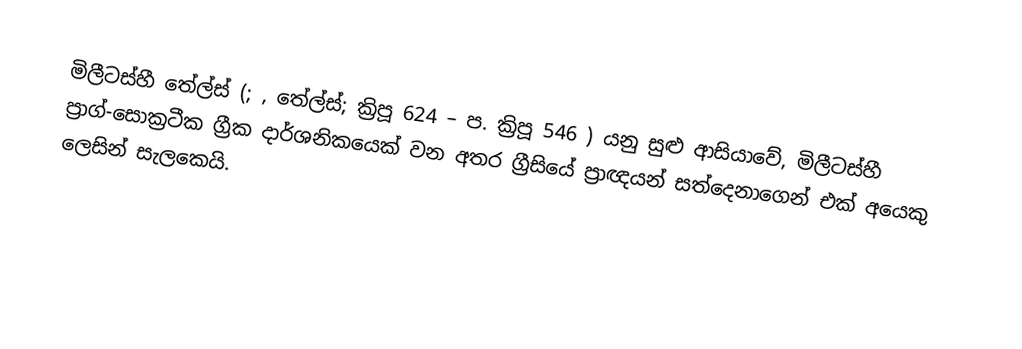
මිලීටස්හී තේල්ස් (; , තේල්ස්;  ක්‍රිපූ 624  – ප. ක්‍රිපූ 546 ) යනු සුළු ආසියාවේ, මිලීටස්හී  ප්‍රාග්-සොක්‍රටීක ග්‍රීක දාර්ශනිකයෙක් වන අතර ග්‍රීසියේ ප්‍රාඥයන් සත්දෙනාගෙන් එක් අයෙකු ලෙසින් සැලකෙයි.